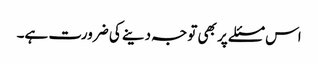
اس مسئلے پر بھی توجہ دینے کی ضرورت ہے۔